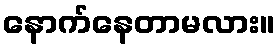
နောက်နေတာမလား။